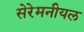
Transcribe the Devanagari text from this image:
सेरेमनीयल